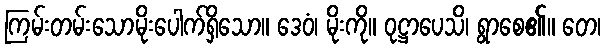
ကြမ်းတမ်းသောမိုးပေါက်ရှိသော။ ဒေဝံ၊ မိုးကို။ ဝုဋ္ဌာပေသိ၊ ရွာစေ၏။ တေ၊